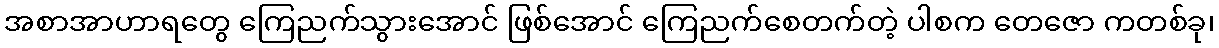
အစာအာဟာရတွေ ကြေညက်သွားအောင် ဖြစ်အောင် ကြေညက်စေတက်တဲ့ ပါစက တေဇော ကတစ်ခု၊